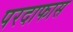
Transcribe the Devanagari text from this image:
परदाफास